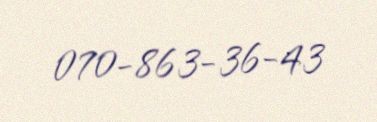
070-863-36-43